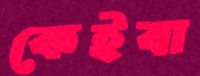
কেইবা